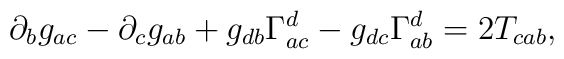
\partial _bg_{ac}-\partial _cg_{ab}+g_{db}\Gamma _{ac}^d-g_{dc}\Gamma_{ab}^d=2T_{cab},